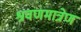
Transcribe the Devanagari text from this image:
श्रवणमात्रेण